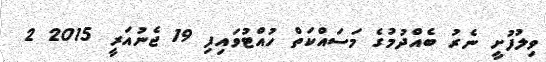
ވިލުފުށީ ނެރު ބެއްދުމުގެ މަސައްކަތް ހުއްޓުވައިފި 19 ޖެނުއަރީ 2015 2